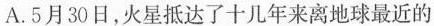
()A.5月30日，火星抵达了十几年来离地球最近的